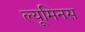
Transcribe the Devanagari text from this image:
ल्यूमिनस